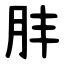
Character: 肨